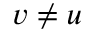
v \neq u